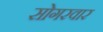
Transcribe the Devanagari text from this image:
सोगरवार